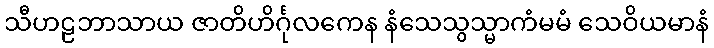
သီဟဠဘာသာယ ဇာတိဟိင်္ဂုလကေန နံသေသွသ္မာကံမမံ သေဝိယမာနံ